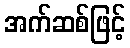
အက်ဆစ်ဖြင့်